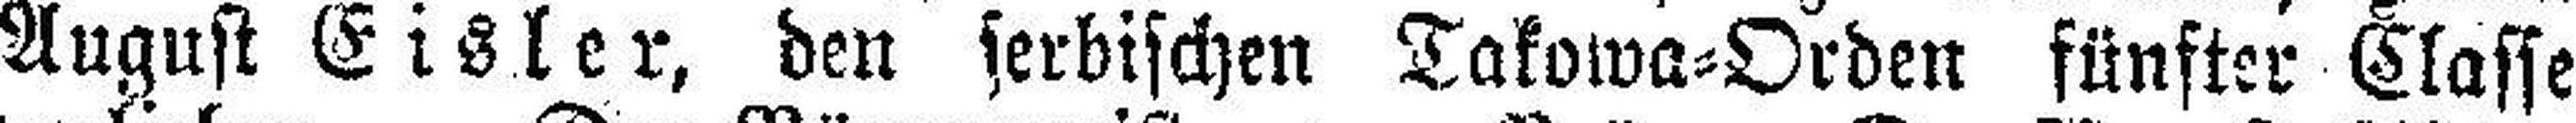
August Eisler, den serbischen Takowa=Orden fünfter Classe